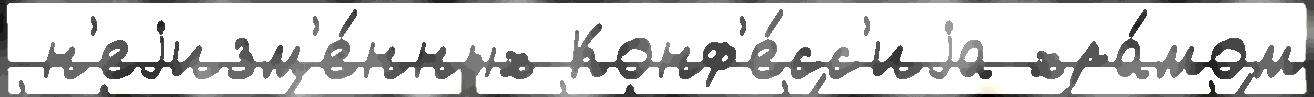
 н'еjизм'е́нных Конф'е́сс'иjа хра́мом